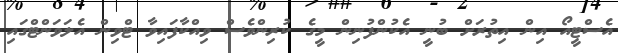
އެސްޓީއޯ އިން އިތުރަށް ބުނީ އެކުންފުނިން މީގެ ކުރިންވެސް ވިއްކާފައިވާ ޓްވިން އެލަވަންޓްގައި